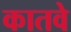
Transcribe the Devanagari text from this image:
कातवे